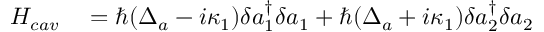
\begin{array} { r l } { H _ { c a v } } & { { } = \hbar ( \Delta _ { a } - i \kappa _ { 1 } ) \delta a _ { 1 } ^ { \dagger } \delta a _ { 1 } + \hbar ( \Delta _ { a } + i \kappa _ { 1 } ) \delta a _ { 2 } ^ { \dagger } \delta a _ { 2 } } \end{array}